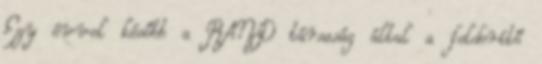
Egy évvel később a RAND társaság által a felderítő